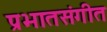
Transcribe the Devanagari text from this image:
प्रभातसंगीत